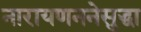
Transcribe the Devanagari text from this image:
नारायणननेसुद्धा